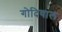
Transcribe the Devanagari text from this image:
गोदियाल